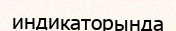
индикаторында